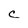
Character: C